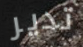
تدير